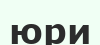
юри